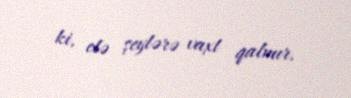
ki, elə şeylərə vaxt qalmır.